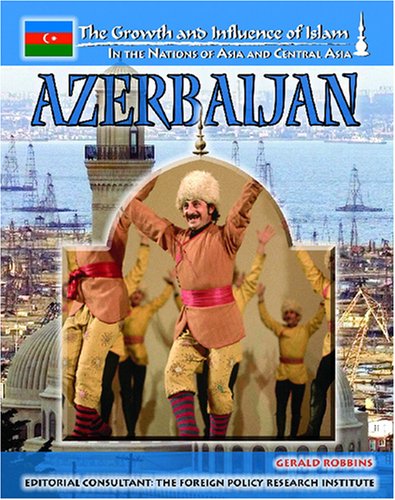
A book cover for Azerbaijan (The Growth and Influence of Islam in the Nations of Asia and Central Asia); Gerald Robbins; Teen & Young Adult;